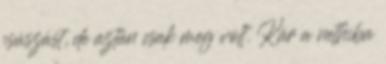
csúszást, de aztán csak meg volt. Kár a nethiba